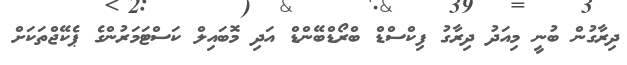
ދިރާގުން ބުނީ މިއަދު ދިރާގު ފިކްސްޑް ބްރޯޑްބޭންޑް އަދި މޮބައިލް ކަސްޓަމަރުންގެ ޕެކޭޖްތަކަށް